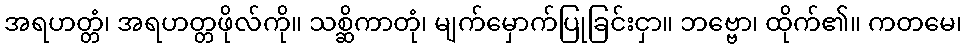
အရဟတ္တံ၊ အရဟတ္တဖိုလ်ကို။ သစ္ဆိကာတုံ၊ မျက်မှောက်ပြုခြင်းငှာ။ ဘဗ္ဗော၊ ထိုက်၏။ ကတမေ၊